Problem: 18 + 44 = ?
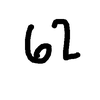
Handwritten answer: 62